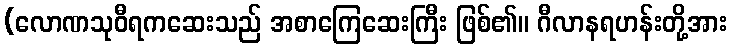
(လောဏသုဝီရကဆေးသည် အစာကြေဆေးကြီး ဖြစ်၏။ ဂီလာနရဟန်းတို့အား